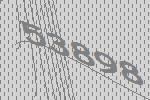
53898